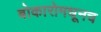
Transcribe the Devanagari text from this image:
बोकारोमधूनच